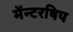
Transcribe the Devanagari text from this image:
मेंन्टरषिप